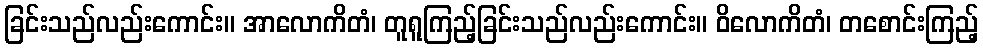
ခြင်းသည်လည်းကောင်း။ အာလောကိတံ၊ တူရူကြည့်ခြင်းသည်လည်းကောင်း။ ဝိလောကိတံ၊ တစောင်းကြည့်